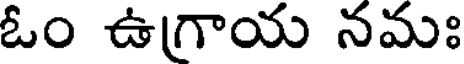
ఓం ఉగ్రాయ నమః